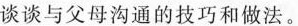
谈谈与父母沟通的技巧和做法。